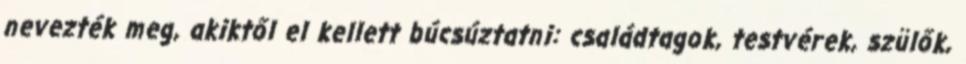
nevezték meg, akiktől el kellett búcsúztatni: családtagok, testvérek, szülők,